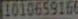
11010659166